Indian journal of veterinary science and animal husbandry - Volumes 18-21, 1948-1951
Year: 1948
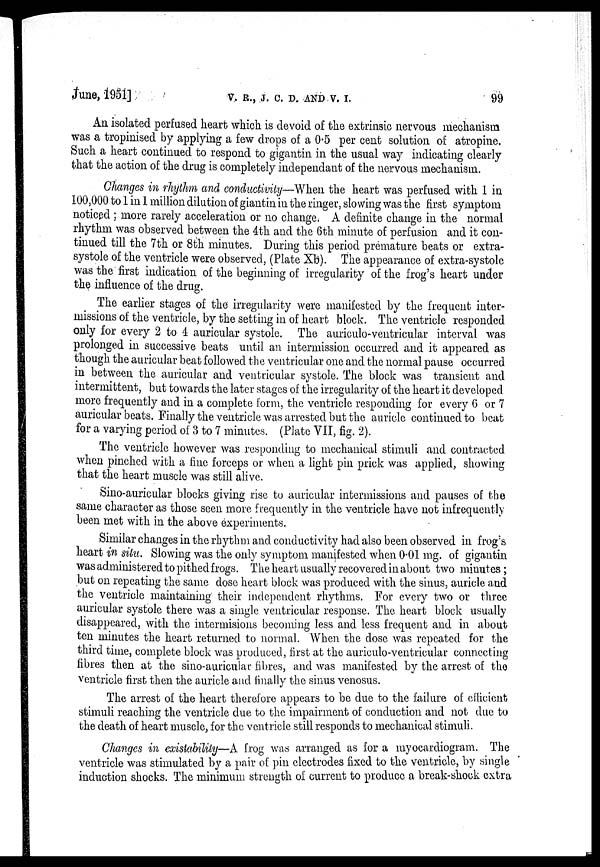
June, 1951]
V.
R.,
J.
C.
D.
AND
V.
I.
99
An isolated perfused heart which is devoid of the extrinsic nervous mechanism
was a tropinised by applying a few drops of a 0.5 per cent solution of atropine.
Such a heart continued to respond to gigantin in the usual way indicating clearly
that the action of the drug is completely independant of the nervous mechanism.
Changes in rhythm and conductivity—When the heart was perfused with 1 in
100,000 to 1 in 1 million dilution of giantin in the ringer, slowing was the first symptom
noticed ; more rarely acceleration or no change. A definite change in the normal
rhythm was observed between the 4th and the 6th minute of perfusion and it con-
tinued till the 7th or 8th minutes. During this period premature beats or extra-
systole of the ventricle were observed, (Plate Xb). The appearance of extra-systole
was the first indication of the beginning of irregularity of the frog's heart under
the influence of the drug.
The earlier stages of the irregularity were manifested by the frequent inter-
missions of the ventricle, by the setting in of heart block. The ventricle responded
only for every 2 to 4 auricular systole. The auriculo-ventricular interval was
prolonged in successive beats until an intermission occurred and it appeared as
though the auricular beat followed the ventricular one and the normal pause occurred
in between the auricular and ventricular systole. The block was transient and
intermittent, but towards the later stages of the irregularity of the heart it developed
more frequently and in a complete form, the ventricle responding for every 6 or 7
auricular beats. Finally the ventricle was arrested but the auricle continued to beat
for a varying period of 3 to 7 minutes. (Plate VII, fig. 2).
The ventricle however was responding to mechanical stimuli and contracted
when pinched with a fine forceps or when a light pin prick was applied, showing
that the heart muscle was still alive.
Sino-auricular blocks giving rise to auricular intermissions and pauses of the
same character as those seen more frequently in the ventricle have not infrequently
been met with in the above experiments.
Similar changes in the rhythm and conductivity had also been observed in frog's
heart in situ. Slowing was the only symptom manifested when 0.01 mg. of gigantin
was administered to pithed frogs. The heart usually recovered in about two minutes;
but on repeating the same dose heart block was produced with the sinus, auricle and
the ventricle maintaining their independent rhythms. For every two or three
auricular systole there was a single ventricular response. The heart block usually
disappeared, with the intermisions becoming less and less frequent and in about
ten minutes the heart returned to normal. When the dose was repeated for the
third time, complete block was produced, first at the auriculo-ventricular connecting
fibres then at the sino-auricular fibres, and was manifested by the arrest of the
ventricle first then the auricle and finally the sinus venosus.
The arrest of the heart therefore appears to be due to the failure of efficient
stimuli reaching the ventricle due to the impairment of conduction and not due to
the death of heart muscle, for the ventricle still responds to mechanical stimuli.
Changes in existability—A frog was arranged as for a myocardiogram. The
ventricle was stimulated by a pair of pin electrodes fixed to the ventricle, by single
induction shocks. The minimum strength of current to produce a break-shock extra